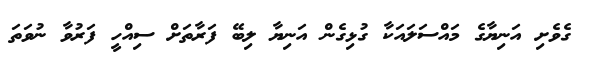
ގެވެށި އަނިޔާގެ މައްސަލައަކާ ގުޅިގެން އަނިޔާ ލިބޭ ފަރާތަށް ސިއްހީ ފަރުވާ ނުވަތަ